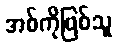
အစ်ကိုဖြစ်သူ